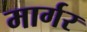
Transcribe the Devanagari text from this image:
मार्गर